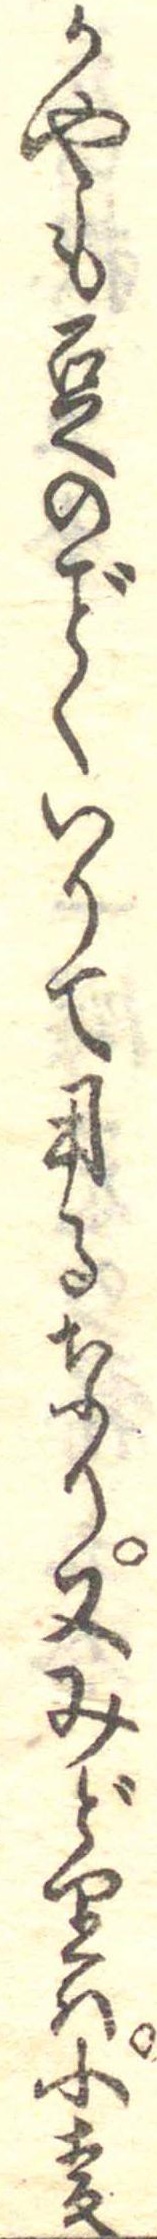
かやも豆のくいりて用るなり又みどりは小麦